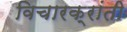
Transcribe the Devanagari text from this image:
विचारक्रांती